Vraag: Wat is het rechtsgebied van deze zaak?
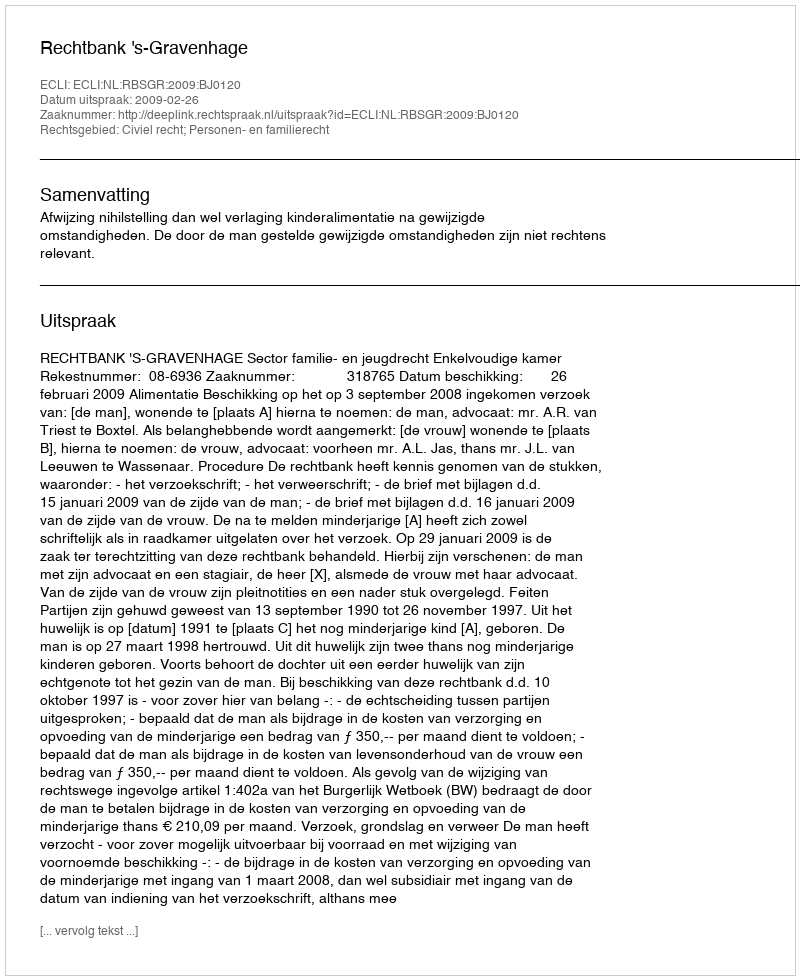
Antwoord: Civiel recht; Personen- en familierecht